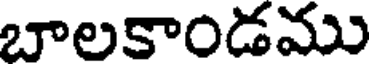
బాలకాండము